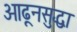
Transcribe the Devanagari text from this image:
ओढूनसुद्धा